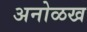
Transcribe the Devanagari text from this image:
अनोळख